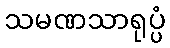
သမဏသာရုပ္ပံ